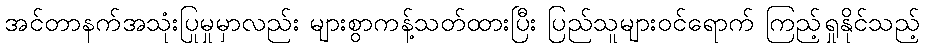
အင်တာနက်အသုံးပြုမှုမှာလည်း များစွာကန့်သတ်ထားပြီး ပြည်သူများဝင်ရောက် ကြည့်ရှုနိုင်သည့်